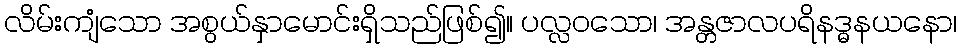
လိမ်းကျံသော အစွယ်နှာမောင်းရှိသည်ဖြစ်၍။ ပလ္လဝသော၊ အန္တဇာလပရိနဒ္ဓနယနော၊